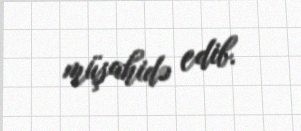
müşahidə edib.